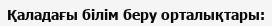
Қаладағы білім беру орталықтары: